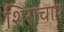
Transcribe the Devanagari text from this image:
शिराचाप